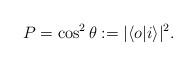
LaTeX: \begin{align*}P= \cos^2 \theta := |\langle o |i\rangle|^2\/.\end{align*}